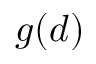
g ( d )